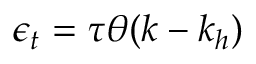
\epsilon _ { t } = \tau \theta ( k - k _ { h } )